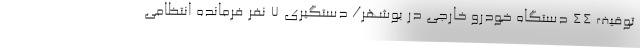
توقیف 44 دستگاه خودرو خارجی در بوشهر/ دستگیری 7 نفر فرمانده انتظامی